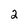
Character: 2